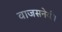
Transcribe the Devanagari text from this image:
वाजसनेयी।